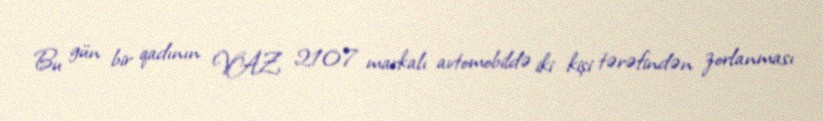
Bu gün bir qadının VAZ 2107 markalı avtomobildə iki kişi tərəfindən zorlanması